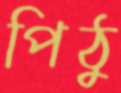
পিঠু